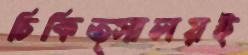
চিকিত্সালয়ই